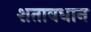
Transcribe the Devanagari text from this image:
शतावधान